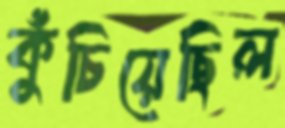
কুঁচিয়েছিল